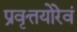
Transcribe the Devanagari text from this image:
प्रवृत्तयोरेवं